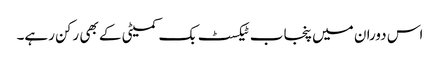
اس دوران میں پنجاب ٹیکسٹ بک کمیٹی کے بھی رکن رہے۔